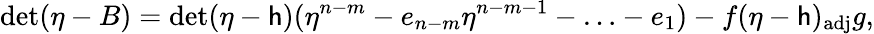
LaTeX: \operatorname*{det}(\eta-B)=\operatorname*{det}(\eta-\mathsf{h})(\eta^{n-m}-e_{n-m}\eta^{n-m-1}-\ldots-e_{1})-f(\eta-\mathsf{h})_{\mathrm{{adj}}}g,